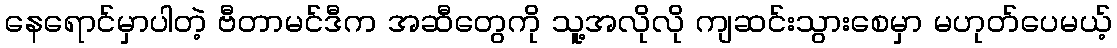
နေရောင်မှာပါတဲ့ ဗီတာမင်ဒီက အဆီတွေကို သူ့အလိုလို ကျဆင်းသွားစေမှာ မဟုတ်ပေမယ့်